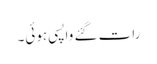
رات گئے واپسی ہوئی۔